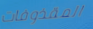
المقذوفات